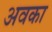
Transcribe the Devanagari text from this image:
अवका